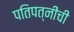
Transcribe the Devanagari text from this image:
पतिपत्‍नींची